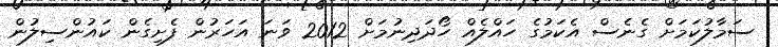
ސަމާލުކަމަށް ގެނެސް އެކަމުގެ ހައްލެއް ހޯދަދިނުމަށް 2012 ވަނަ އަހަރުން ފެށިގެން ކައުންސިލުން